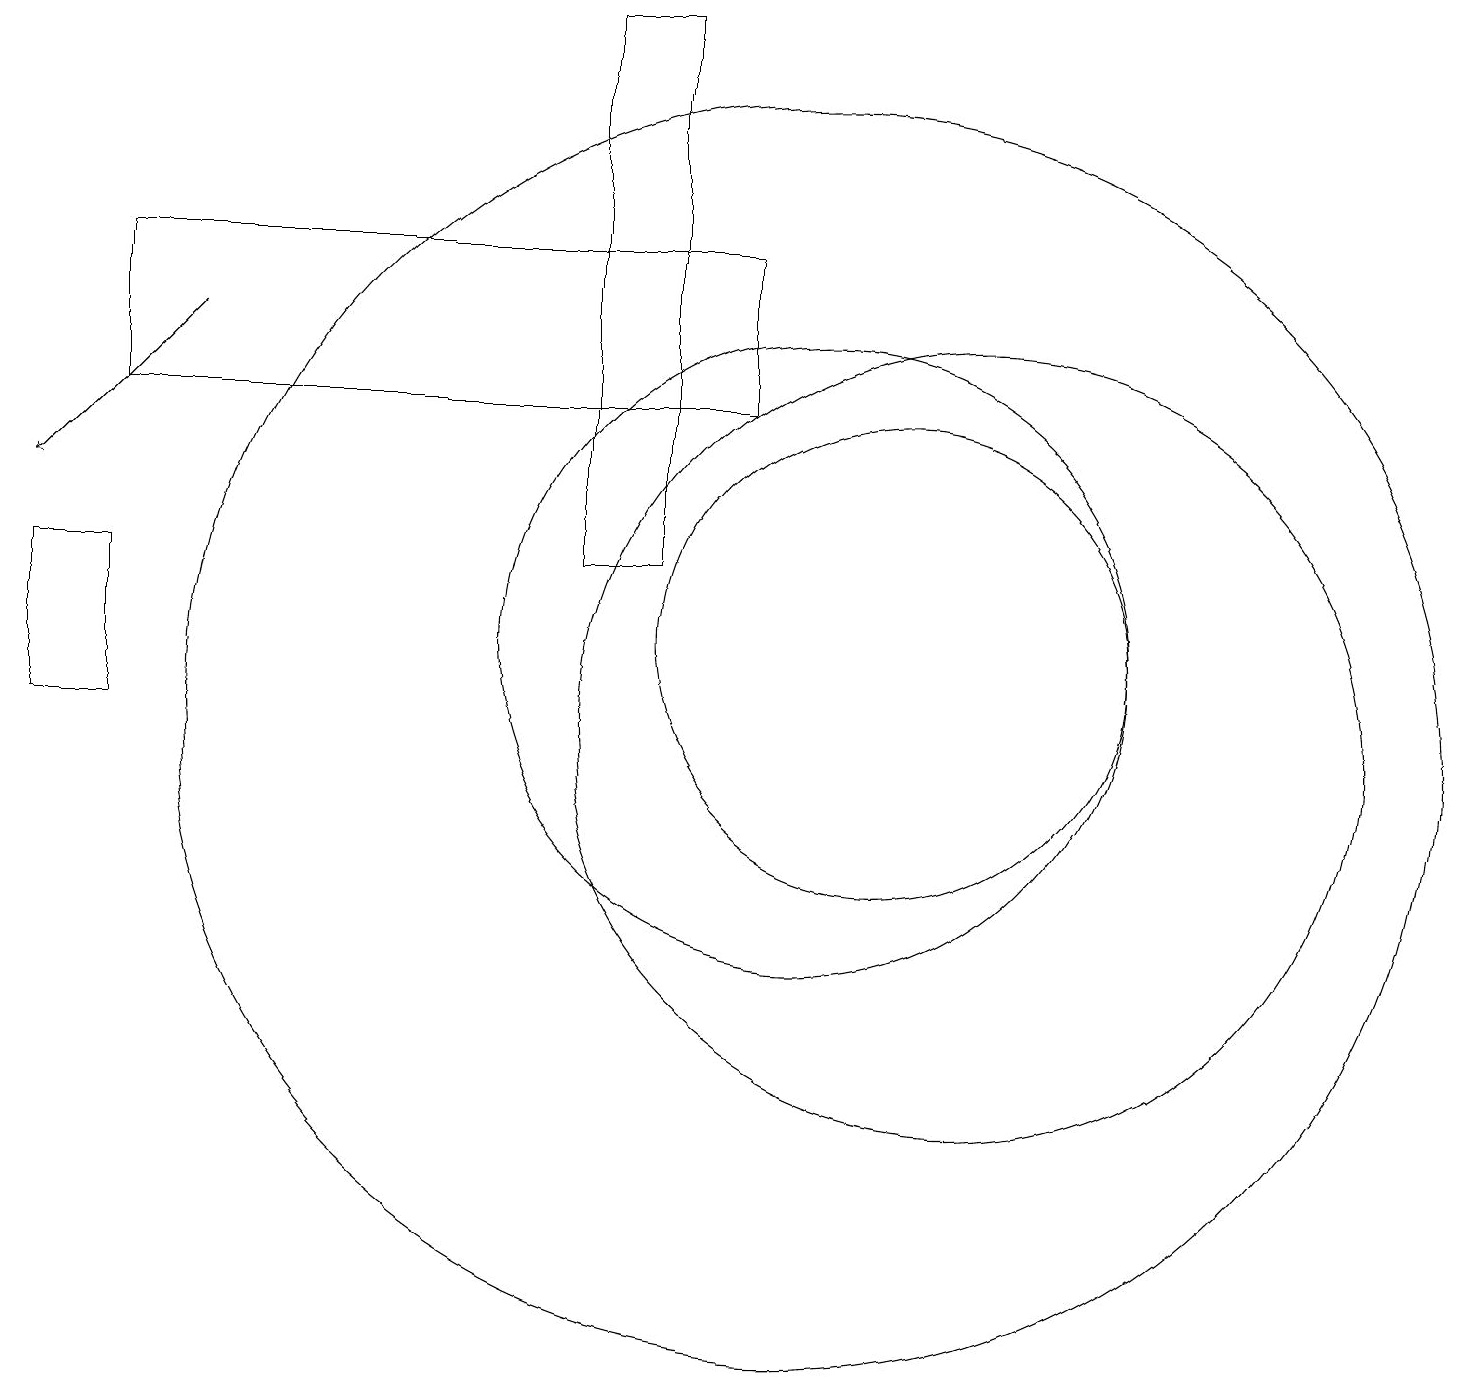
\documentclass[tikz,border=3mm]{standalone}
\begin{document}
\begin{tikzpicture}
\draw (10,11) circle (4);
\draw (11,11) circle (3);
\draw (12,10) circle (5);
\draw[->] (2,15) -- (0,13);
\draw (9,14) rectangle (1,16);
\draw (10,10) circle (8);
\draw (7,19) rectangle (8,12);
\draw (1,12) rectangle (0,10);
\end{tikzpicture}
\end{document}